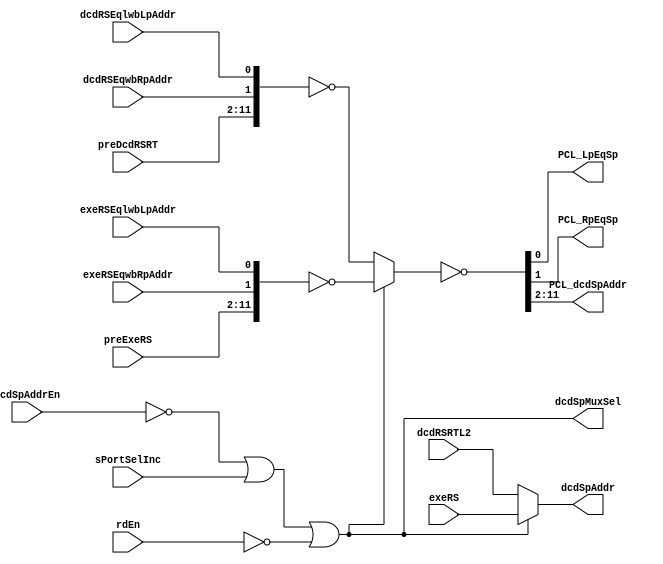
// 
// ************************************************************************** 
// 
//  Copyright (c) International Business Machines Corporation, 2005. 
// 
//  This file contains trade secrets and other proprietary and confidential 
//  information of International Business Machines Corporation which are 
//  protected by copyright and other intellectual property rights and shall 
//  not be reproduced, transferred to other documents, disclosed to others, 
//  or used for any purpose except as specifically authorized in writing by 
//  International Business Machines Corporation. This notice must be 
//  contained as part of this text at all times. 
// 
// ************************************************************************** 
//

module p405s_sPortMux( PCL_LpEqSp, PCL_RpEqSp, PCL_dcdSpAddr, dcdSpAddr, dcdRSEqlwbLpAddr,
     dcdRSEqwbRpAddr, dcdRSRTL2, dcdSpAddrEn, exeRS, exeRSEqlwbLpAddr,
     exeRSEqwbRpAddr, preDcdRSRT, preExeRS, rdEn, sPortSelInc, dcdSpMuxSel );
output  PCL_LpEqSp, PCL_RpEqSp;

// added for tbird
output dcdSpMuxSel;

input  dcdRSEqlwbLpAddr, dcdRSEqwbRpAddr, dcdSpAddrEn, exeRSEqlwbLpAddr, exeRSEqwbRpAddr, rdEn,
     sPortSelInc;

output [0:9]  PCL_dcdSpAddr;
output [0:4]  dcdSpAddr;


input [0:4]  dcdRSRTL2;
input [0:4]  exeRS;
input [0:9]  preExeRS;
input [0:9]  preDcdRSRT;

// Buses in the design

wire  [0:11]  sPortAddrMuxOut;
wire dcdSpMuxSel_NEG;
wire rdEn_NEG;
wire symNet27;
wire dcdSpMuxSel_i;

assign dcdSpMuxSel = dcdSpMuxSel_i;

//Removed the module dp_logPCL_sPortAddrINV 
assign {PCL_dcdSpAddr, PCL_RpEqSp, PCL_LpEqSp} = ~sPortAddrMuxOut;

   // Replacing instantiation: GTECH_NOR3 I420
   assign dcdSpMuxSel_NEG = ~( symNet27 | sPortSelInc | rdEn_NEG );

//Removed the module dp_muxPCL_sPortAddr 
assign sPortAddrMuxOut = dcdSpMuxSel_i ? ~{preExeRS, exeRSEqwbRpAddr, exeRSEqlwbLpAddr} 
                                     : ~{preDcdRSRT, dcdRSEqwbRpAddr, dcdRSEqlwbLpAddr};

//Removed the module dp_muxPCL_spAddrForInc 
assign dcdSpAddr = dcdSpMuxSel_i ? exeRS : dcdRSRTL2;

   // Replacing instantiation: GTECH_NOT I424
   assign rdEn_NEG = ~(rdEn);

   // Replacing instantiation: GTECH_NOT I47
   assign symNet27 = ~(dcdSpAddrEn);

   // Replacing instantiation: GTECH_NOT I43
   assign dcdSpMuxSel_i = ~(dcdSpMuxSel_NEG);


endmodule